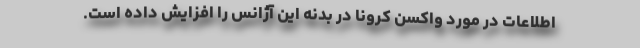
اطلاعات در مورد واکسن کرونا در بدنه این آژانس را افزایش داده است.